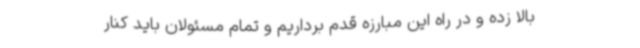
بالا زده و در راه این مبارزه قدم برداریم و تمام مسئولان باید کنار